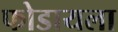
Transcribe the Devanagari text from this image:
फोडायला